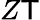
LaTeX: Z\mathsf{T}